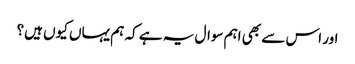
اور اس سے بھی اہم سوال یہ ہے کہ ہم یہاں کیوں ہیں؟